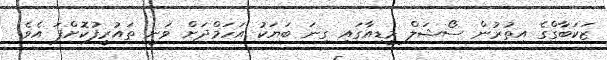
ޒަކަބާގްގެ އިތުރުން ސޯޝަލް މީޑިއާގައި ގިނަ ބަޔަކު އަހަމްދަށް ވަނީ ތައުރީފުކޮށްފަ އެވެ.